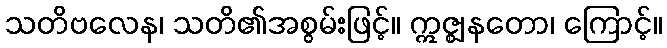
သတိဗလေန၊ သတိ၏အစွမ်းဖြင့်။ ဣဇ္ဈနတော၊ ကြောင့်။